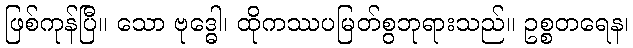
ဖြစ်ကုန်ပြီ။ သော ဗုဒ္ဓေါ၊ ထိုကဿပမြတ်စွဘုရားသည်။ ဥစ္စတရေန၊